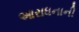
આરાધનાની